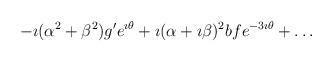
LaTeX: \begin{align*}-\imath(\alpha^2 + \beta^2)g^{\prime}e^{\imath \theta} + \imath(\alpha + \imath \beta)^2 b f e^{-3\imath \theta}+ \ldots\end{align*}